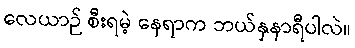
လေယာဉ် စီးရမဲ့ နေရာက ဘယ်နှနာရီပါလဲ။